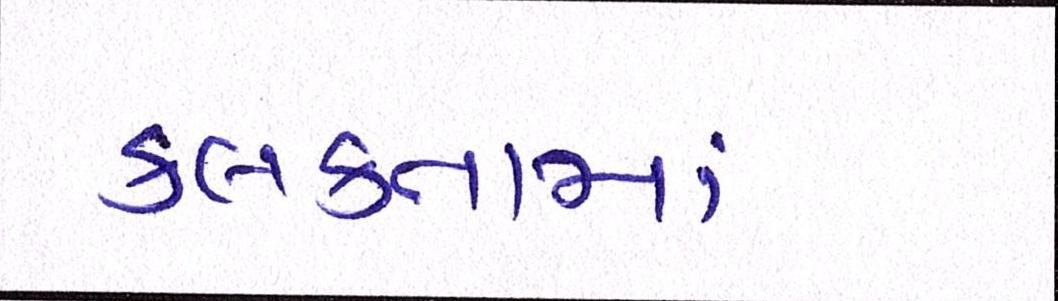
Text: કલકતામાં